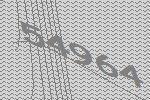
54964